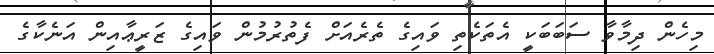
މިހެން ދިމާވާ ސަބަބަކީ އެތަކެތި ވައިގެ ތެރެއަށް ފެތުރުމުން ވައިގެ ޒަރީޢާއިން އަނެކާގެ